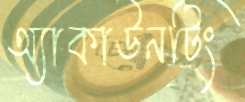
অ্যাকাউনটিং